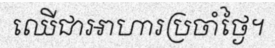
ឈើជាអាហារប្រចាំថ្ងៃ។